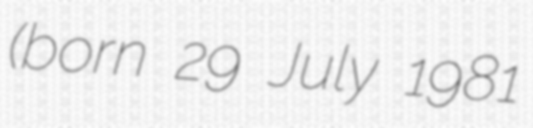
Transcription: (born 29 July 1981